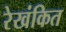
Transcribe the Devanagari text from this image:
रेखंकित